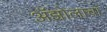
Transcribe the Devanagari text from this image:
ॲझोलाचा